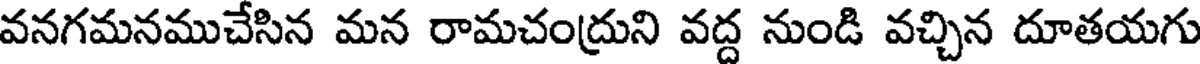
వనగమనముచేసిన మన రామచంద్రుని వద్ద నుండి వచ్చిన దూతయగు